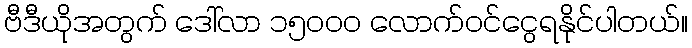
ဗီဒီယိုအတွက် ဒေါ်လာ ၁၅၀၀၀ လောက်ဝင်ငွေရနိုင်ပါတယ်။